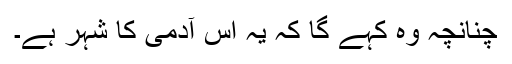
چنانچہ وہ کہے گا کہ یہ اُس آدمی کا شہر ہے۔